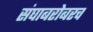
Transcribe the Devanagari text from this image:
संघाबरोबरच